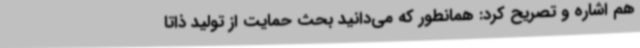
هم اشاره و تصریح کرد: همانطور که می‌دانید بحث حمایت از تولید ذاتاً